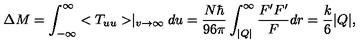
\Delta M = \int _ { - \infty } ^ { \infty } < T _ { u u } > \mid _ { v \rightarrow \infty } d u = \frac { N \hbar } { 9 6 \pi } \int _ { | Q | } ^ { \infty } \frac { F ^ { \prime } F ^ { \prime } } { F } d r = \frac { k } { 6 } | Q | ,